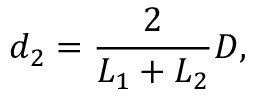
d _ { 2 } = \frac { 2 } { L _ { 1 } + L _ { 2 } } D ,